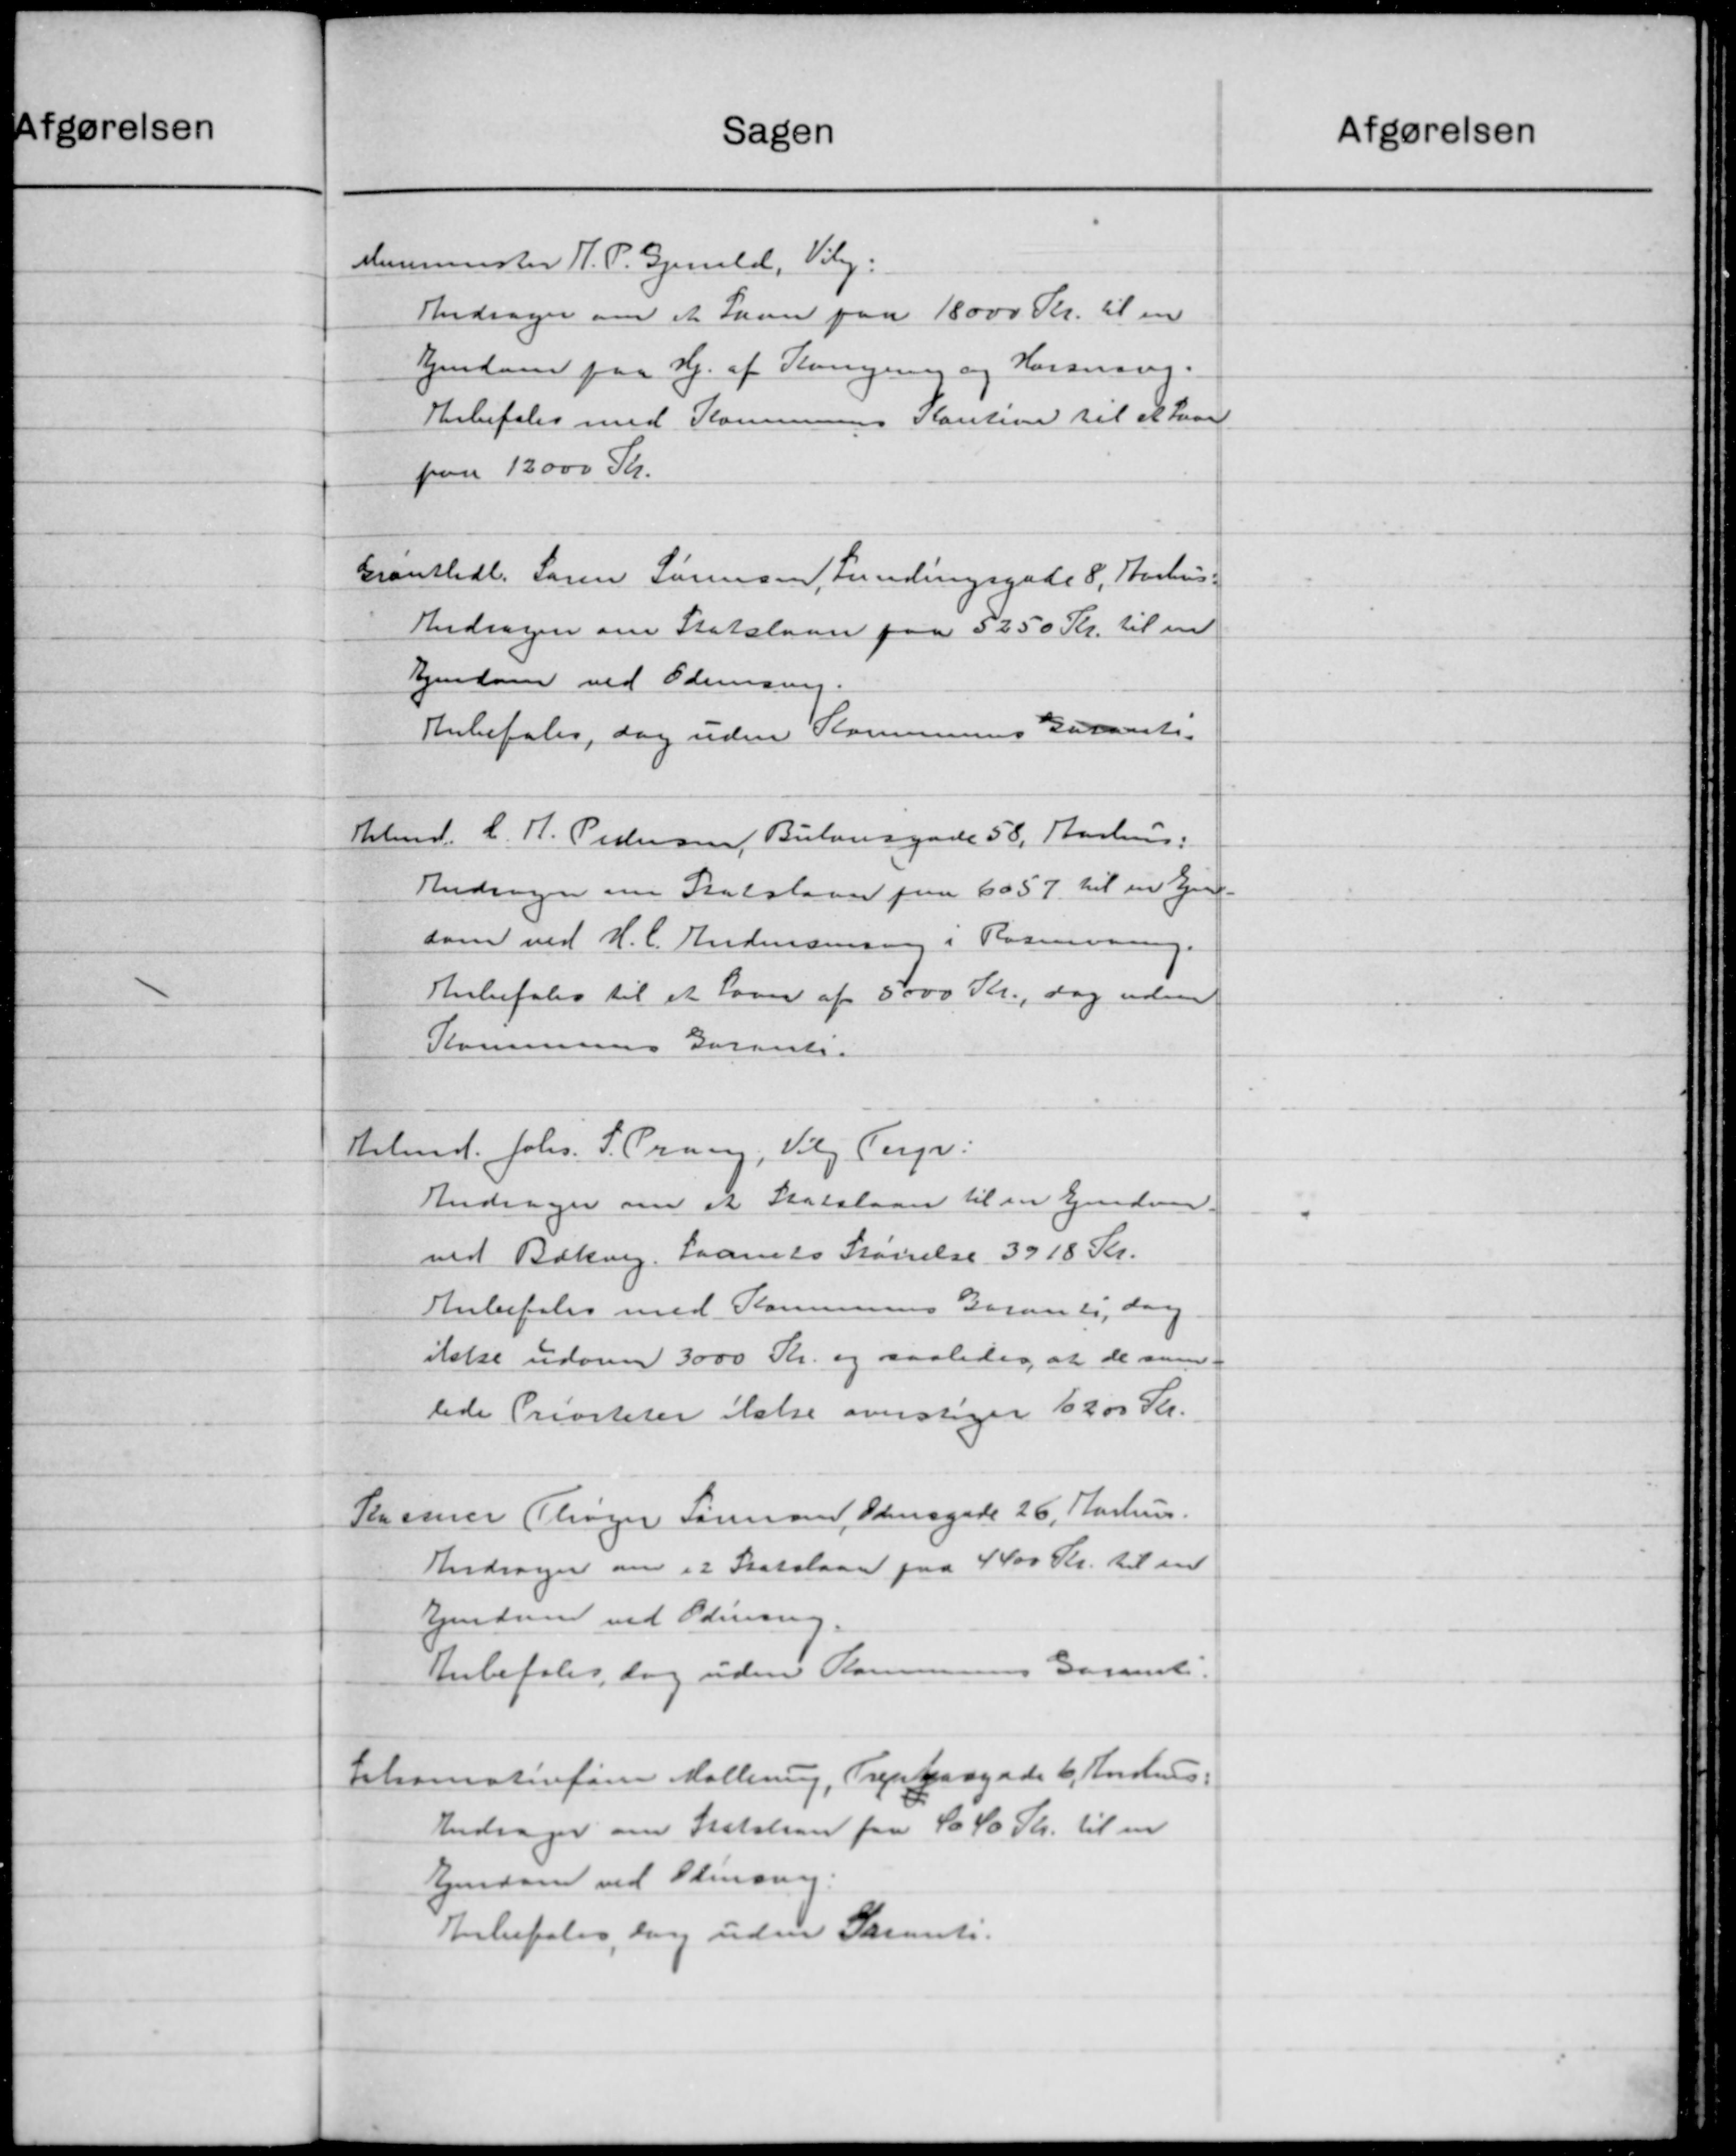
Transskription:
Sagen
Murermester H. P. Gjenald, Vilg:
Andrager om et Laan paa 18000 Kr. til en
Ejendom paa Hj. af Kongering og Horsning.
Anbefales med Kommunens Kaution til at have
paa 12000 Kr.
Granthdl. Søren Sørensen, Lundingsgade 8, Aarhus-
Andragen om Statslaan paa 5250 Kr. til en
Ejendom ved Odennering.
Anbefales, dog uden Kommunens Kurante-
Kbmd. L. H. Pedersen, Bulonsgade 58, Aarhus:
Andragen om Statslaan paa 6057 til en Ejen-
som ved H.C. Andersensing i Rasmussen
Anbefales til et Laan af 5000 Kr., dog uden
Kommunens Garant.
Arbmd. Johs. S. Prang, Vilg Torpe:
Andrager om et Statslaan til en Ejendom.
ved Bækvig. Laanets Størrelse 3918 Kr.
Anbefales med Kommunens Garandsdag
ikke udove 3000 Kr. og saaledes, at de sam-
lede Priviteter ikke overstager 1200 Kr.
Plammer Thøger Forman, Odensgade 26, Aarhus.
Andrager om 12 Statslaan paa 4400 Kr. til en
Ejendom ved Odening.
Anbefales, dog uden Kommunens Garant.
Sekamatinfører Møllerup, Trepkasgade 6. Aarhus.
Andrager om Statslaan fra 4640 Kr. til en
Ejendom ved Olinning.
Anbefales, dog uden Skravet.